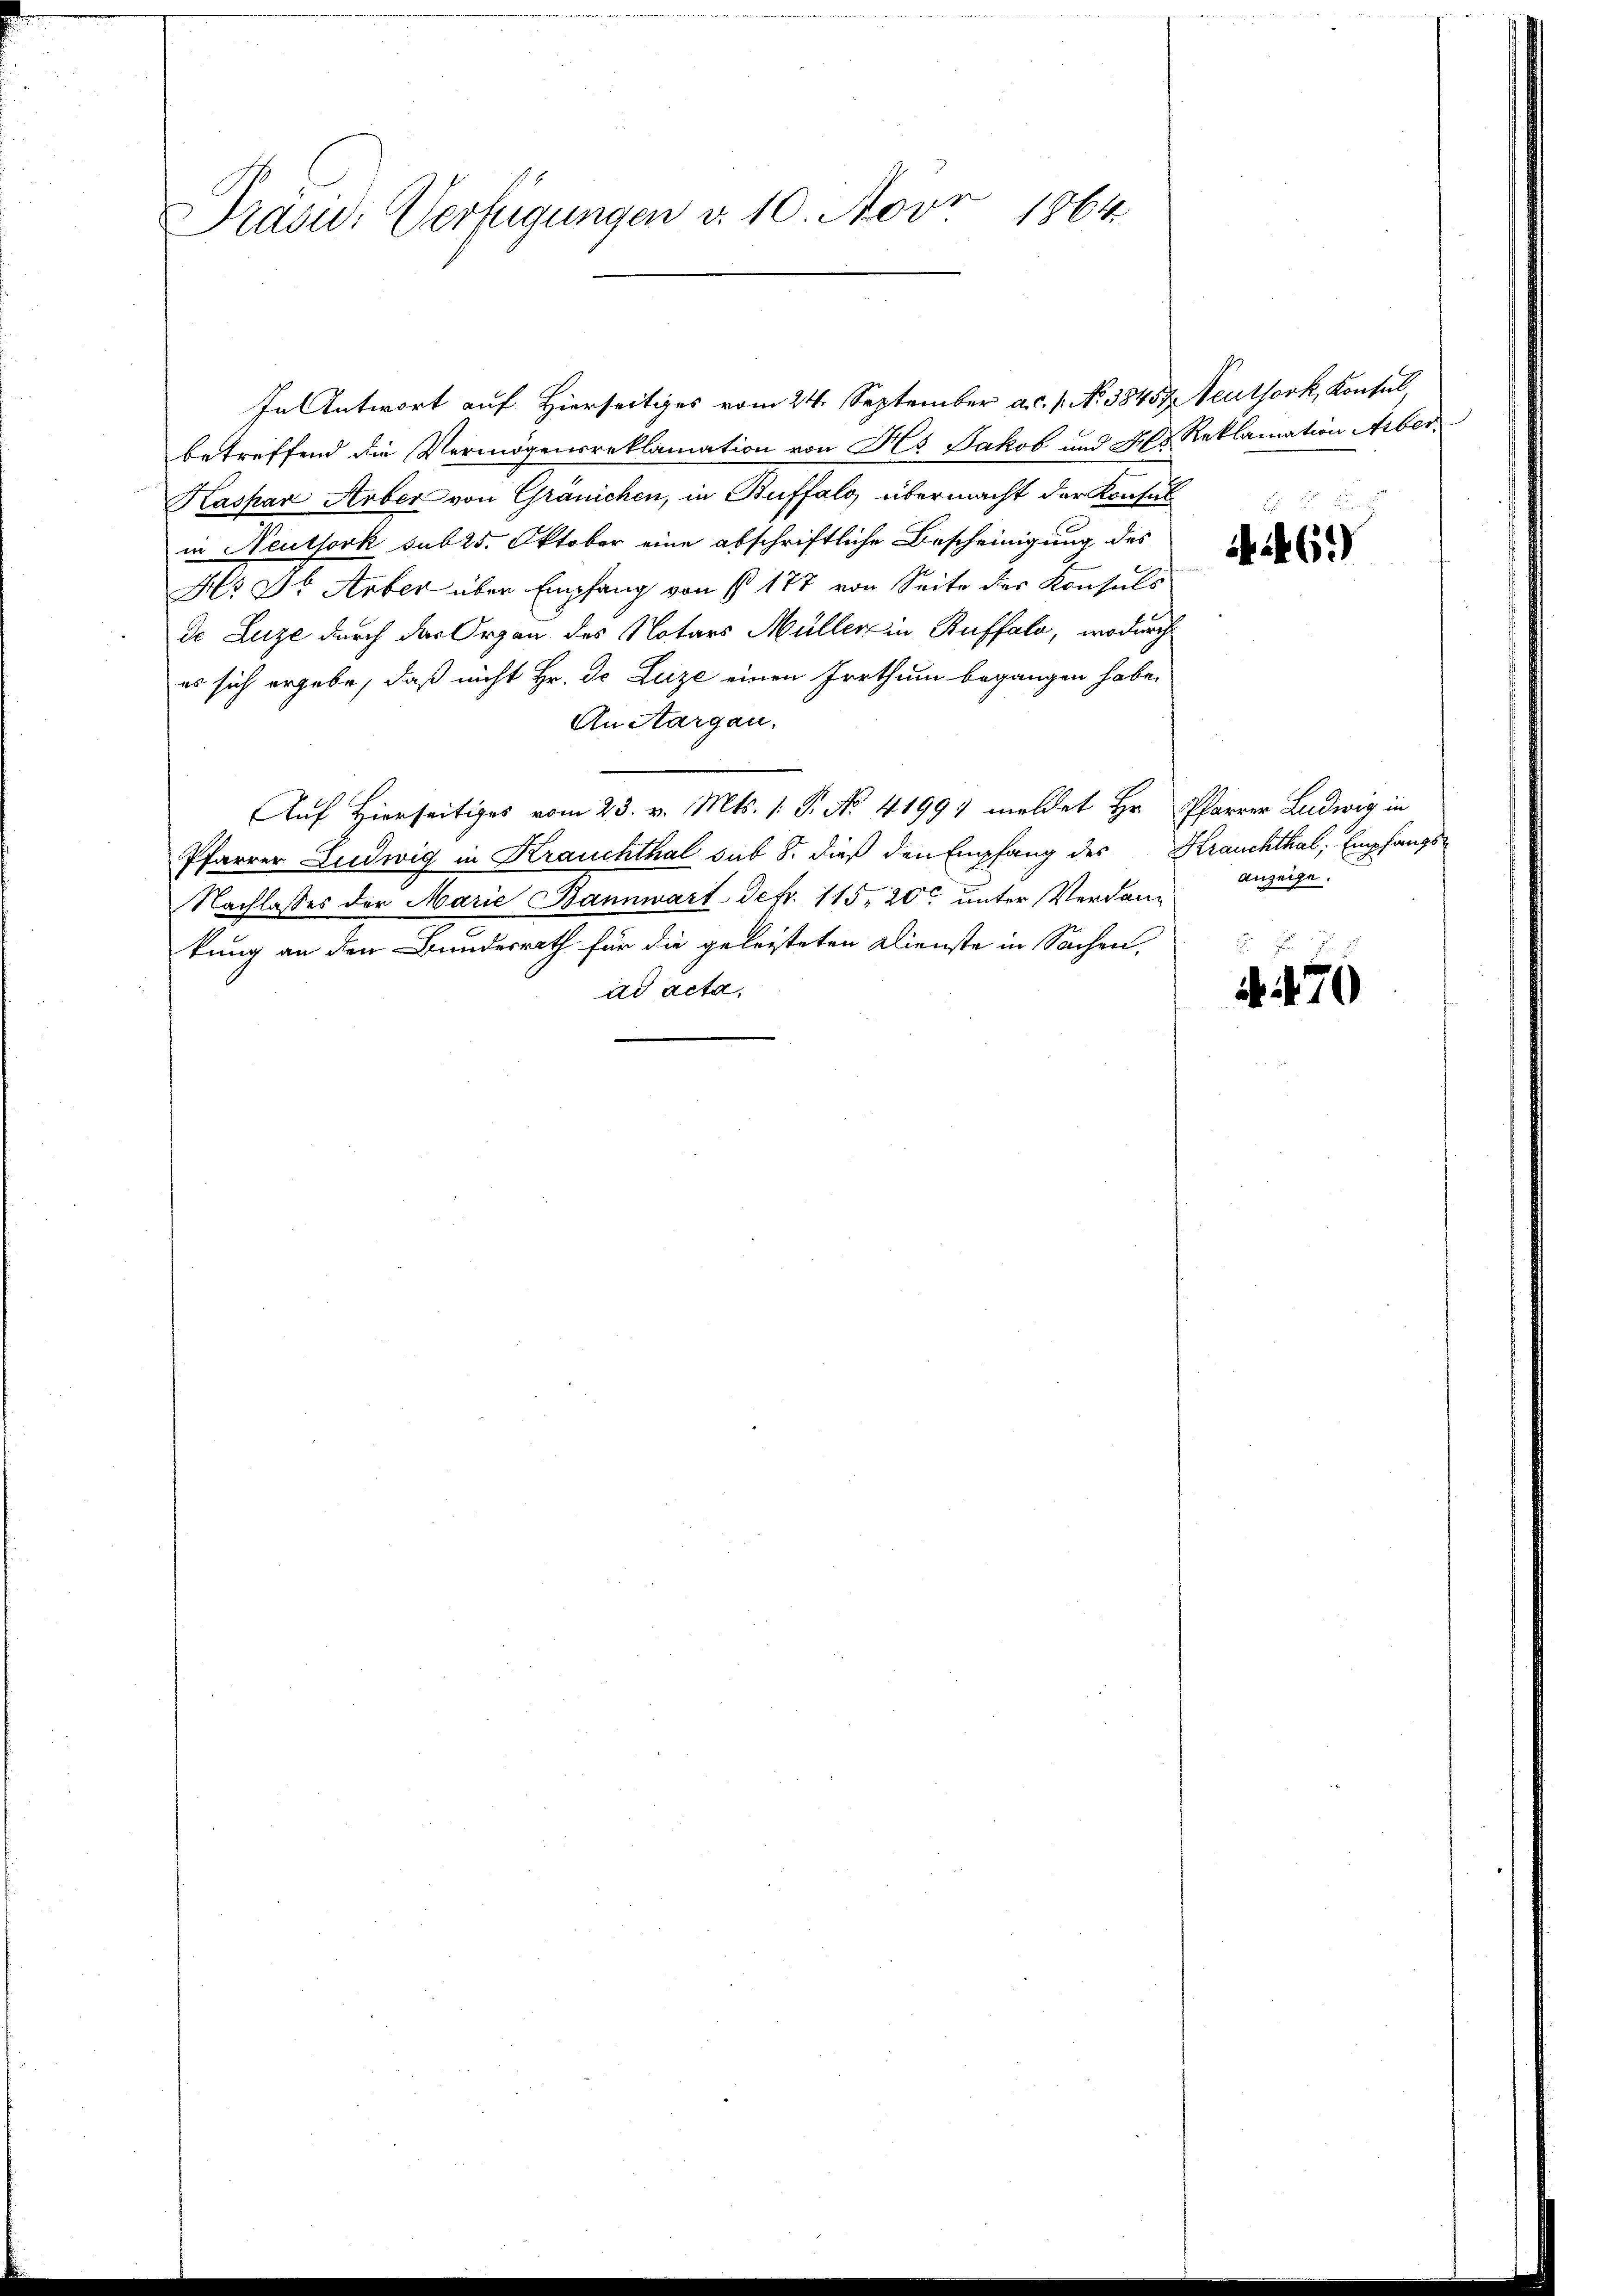
1864.
Prasw: Verfügungen v. 10. Nov.

In Antwort auf Hierseitiges vom 24. September a.c. 1. No 38457. Neuthork, Konsul,
betreffend die Vermögensreklamation von Hs. Jakob und Hr. Reklamation Aeber,
Kaspar Arber von Gränichen, in Buffalg übermacht der Konsul
in Neuthork sub 25. Oktober eine abschriftliche Bescheinigung des
Hr Dr. Aber über Empfang von § 177 von Seite des Konsuls
de Luze durch das Organ des Notars Müller in Buffalo, wodurch
es sich ergabe, daß nicht Hr. Dr Luze einen Irrthum begangen habe,
An Aargau.
Auf Hierseitiges vom 23. v. Mts. 1. P. No. 41991 meldet Hr. Pfarrer Ludwig in
Pfarrer Ludwig in Krauchthal sub 8. dieß den Empfang des Krauchthal, Empfangs-
Nachlasses der Marie Bannwart defr. 115, 20t unter Verdankung an den Bundesrath für die geleisteten Dienste in Sachen.
ad acta,

.

.
46.

Anzeige.

. 470